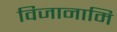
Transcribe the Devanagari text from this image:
विजानामि